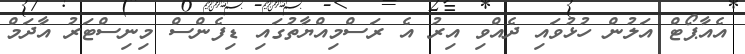
އެއާޕޯޓް އަލުން ހުޅުވައި ދެއްވި އިރު އެ ރަސްމިއްޔާތުގައި ޑިފެންސް މިނިސްޓަރު އާދަމް